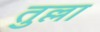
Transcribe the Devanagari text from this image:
तुल्ला